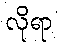
လိုရာ